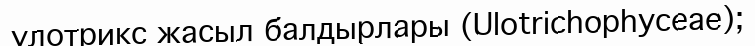
улотрикс жасыл балдырлары (Ulotrіchophyceae);